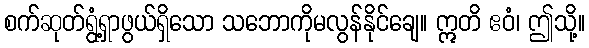
စက်ဆုတ်ရွံ့ရှာဖွယ်ရှိသော သဘောကိုမလွန်နိုင်ချေ။ ဣတိ ဧဝံ၊ ဤသို့။